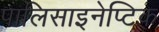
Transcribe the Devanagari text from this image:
पालिसाइनेप्टिक